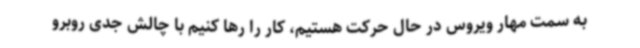
به سمت مهار ویروس در حال حرکت هستیم، کار را رها کنیم با چالش جدی روبرو